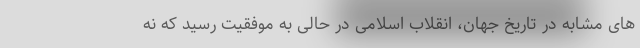
های مشابه در تاریخ جهان، انقلاب اسلامی در حالی به موفقیت رسید که نه